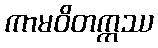
ကာမဝိတက္ကဿ